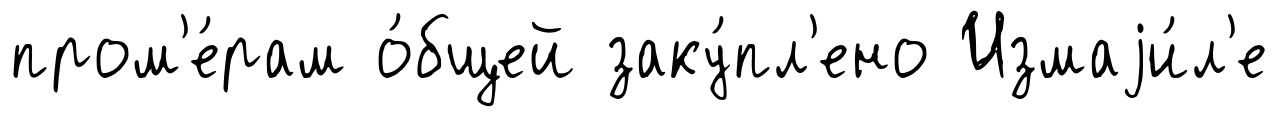
пром'е́рам о́бщей заку́пл'ено Измаjи́л'е